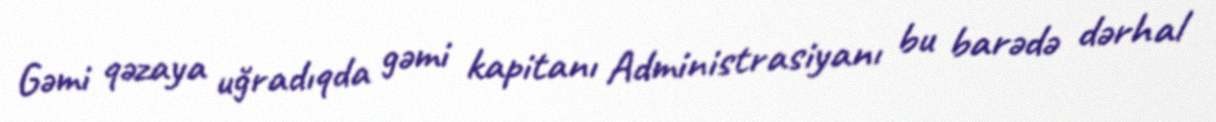
Gəmi qəzaya uğradıqda gəmi kapitanı Administrasiyanı bu barədə dərhal